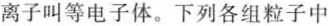
离子叫等电子体。下列各组粒子中